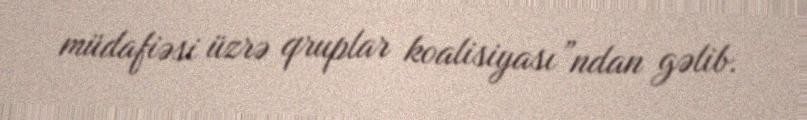
müdafiəsi üzrə qruplar koalisiyası”ndan gəlib.